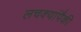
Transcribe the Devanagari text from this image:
लचक्यांपैकी